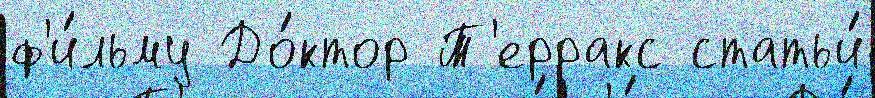
ф'и́льму До́ктор Т'ерракс статьи́